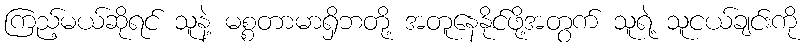
ကြည့်မယ်ဆိုရင် သူနဲ့ မစ္စတာမာရှိဘတို့ အတူနေနိုင်ဖို့အတွက် သူရဲ့ သူငယ်ချင်းကို